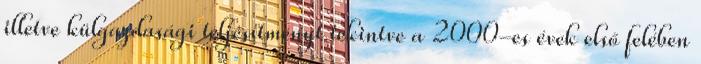
illetve külgazdasági teljesítményt tekintve a 2000-es évek első felében